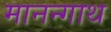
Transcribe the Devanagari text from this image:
मानन्गाथ